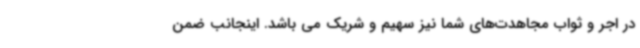
در اجر و ثواب مجاهدت‌های شما نیز سهیم و شریک می باشد. اینجانب ضمن